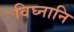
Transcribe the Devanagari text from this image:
विघ्नानि